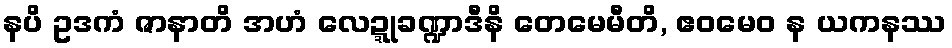
နပိ ဥဒကံ ဇာနာတိ အဟံ လေဍ္ဍုခဏ္ဍာဒီနိ တေမေမီတိ, ဧဝမေဝ န ယကနဿ